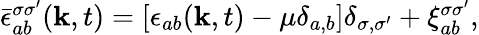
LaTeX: \begin{array}{r}{\bar{\epsilon}_{ab}^{\sigma\sigma^{\prime}}(\mathbf{k},t)=[\epsilon_{ab}(\mathbf{k},t)-\mu\delta_{a,b}]\delta_{\sigma,\sigma^{\prime}}+\xi_{ab}^{\sigma\sigma^{\prime}},}\end{array}